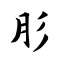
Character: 肜